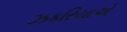
ઝકરિયાએ